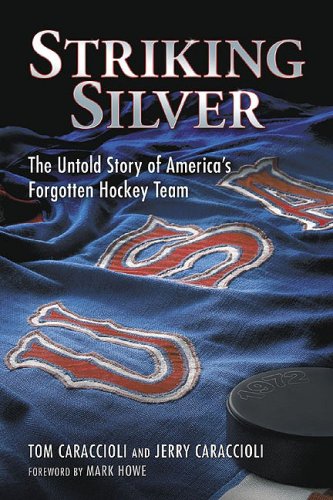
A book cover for Striking Silver: The Untold Story of America's Forgotten Hockey Team; Tom Caraccioli; Sports & Outdoors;